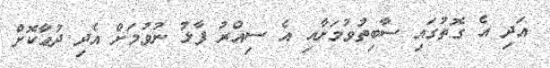
އަދި އެ ގޮތުގައި ސާބިތުވުމަށާއި އެ ސިއްރު ފާޅު ނުވުމަށް އެދި ދުޢާކޮށް